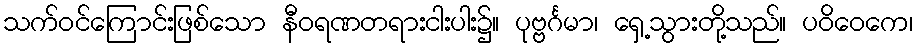
သက်ဝင်ကြောင်းဖြစ်သော နီဝရဏတရားငါးပါး၌။ ပုဗ္ဗင်္ဂမာ၊ ရှေ့သွားတို့သည်။ ပဝိဝေကေ၊